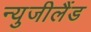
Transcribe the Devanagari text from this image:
न्युजीलैंड